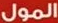
المول